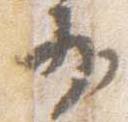
少